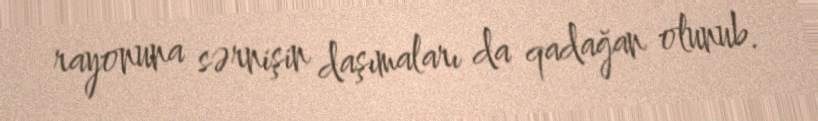
rayonuna sərnişin daşımaları da qadağan olunub.